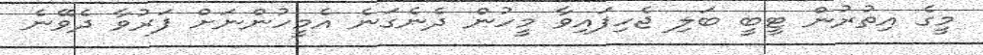
މީގެ އިތުރުން ޓީބީ ބަލި ޖެހިފައިވާ މީހުން ދެނެގަނެ އެމީހުންނަށް ފަރުވާ ދެވޭނެ